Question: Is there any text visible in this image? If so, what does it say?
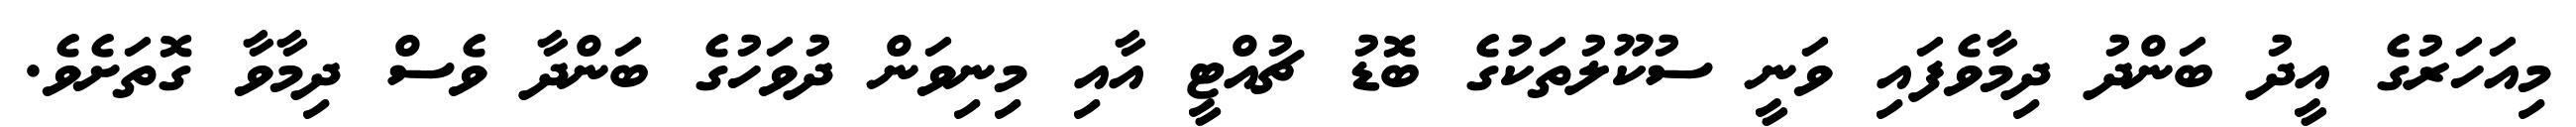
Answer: މިއަހަރުގެ އީދު ބަންދު ދިމާވެފައި ވަނީ ސުކޫލުތަކުގެ ބޮޑު ޗުއްޓީ އާއި މިނިވަން ދުވަހުގެ ބަންދާ ވެސް ދިމާވާ ގޮތަށެވެ.